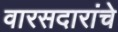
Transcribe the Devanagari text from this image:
वारसदारांचे